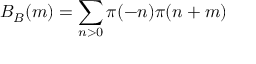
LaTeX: B _ { B } ( m ) = \sum _ { n > 0 } \pi ( - n ) \pi ( n + m )